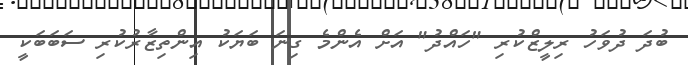
ބުދަ ދުވަހު ރިލީޒްކުރި "ހައްދު" އަށް އެންމެ ގިނަ ބަޔަކު އިންތިޒާރުކުރި ސަބަބަކީ